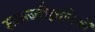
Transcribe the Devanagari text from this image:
समाजवैज्ञानिकों